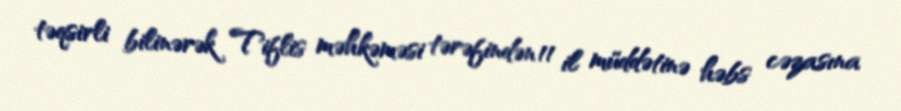
təqsirli bilinərək Tiflis məhkəməsi tərəfindən 11 il müddətinə həbs cəzasına